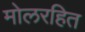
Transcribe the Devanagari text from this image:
मोलरहित